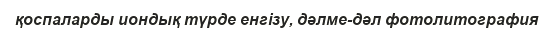
қоспаларды иондық түрде енгізу, дәлме-дәл фотолитография